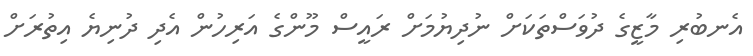
އެނބުރި މާޒީގެ ދުވަސްތަކަށް ނުދިޔުމަށް ރައީސް މޫންގެ އަރިހުން އެދި ދުނިޔެ އިތުރަށް